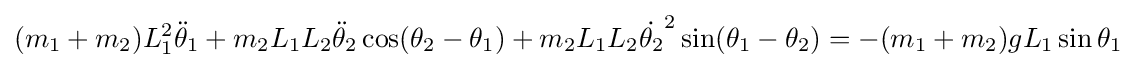
(m_{1}+m_{2})L_{1}^{2}{\ddot {\theta }}_{1}+m_{2}L_{1}L_{2}{\ddot {\theta }}_{2}\cos(\theta _{2}-\theta _{1})+m_{2}L_{1}L_{2}{\dot {\theta _{2}}}^{2}\sin(\theta _{1}-\theta _{2})=-(m_{1}+m_{2})gL_{1}\sin \theta _{1}